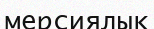
мерсиялық